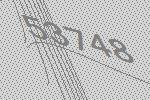
53748